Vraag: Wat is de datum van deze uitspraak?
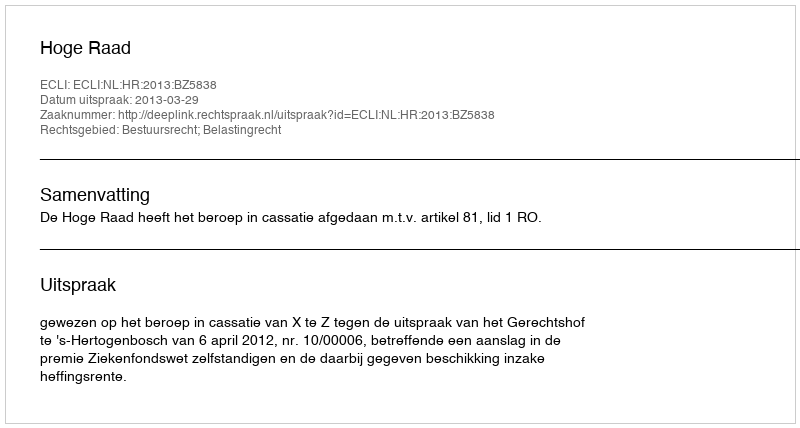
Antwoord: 2013-03-29